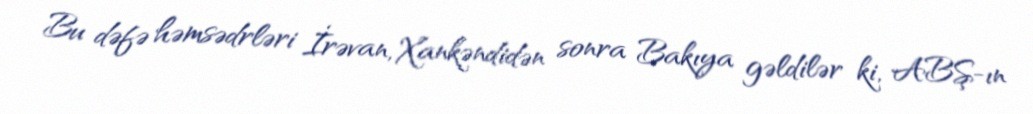
Bu dəfə həmsədrləri İrəvan, Xankəndidən sonra Bakıya gəldilər ki, ABŞ-ın